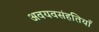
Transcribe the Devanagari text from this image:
अवयवसंहतियाँ